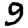
Digit: 9